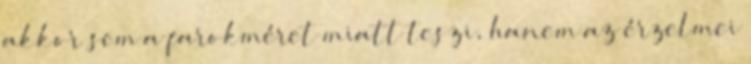
akkor sem a farokméret miatt teszi, hanem az érzelmei